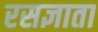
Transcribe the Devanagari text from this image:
रसज्ञाता